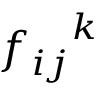
{ f _ { i j } } ^ { k }